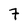
Character: 7